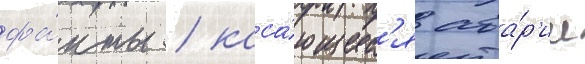
фа́кты / каса́ющиес'я ава́р'ии